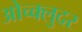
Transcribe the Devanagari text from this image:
ओच्क्लुदर